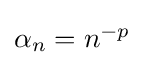
\textstyle \alpha _{n}=n^{-p}